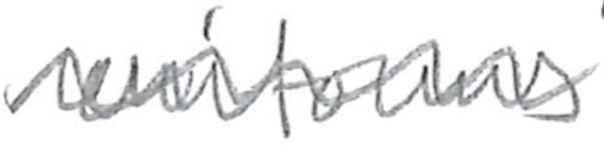
Text: uniforms
Cross-out: wave
Writing tool: pencil